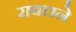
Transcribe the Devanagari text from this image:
रावलने